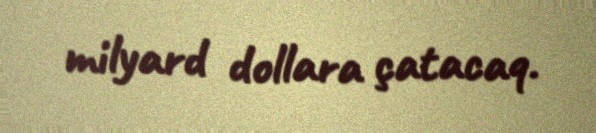
milyard dollara çatacaq.